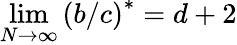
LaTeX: \operatorname*{lim}_{N\rightarrow\infty}\left(b/c\right)^{\ast}=d+2